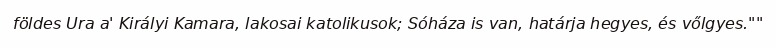
földes Ura a' Királyi Kamara, lakosai katolikusok; Sóháza is van, határja hegyes, és vőlgyes.""